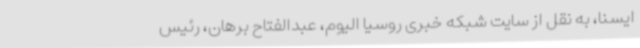
ایسنا، به نقل از سایت شبکه خبری روسیا الیوم، عبدالفتاح برهان، رئیس